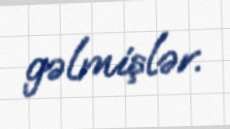
gəlmişlər.